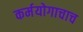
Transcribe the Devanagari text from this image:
कर्मयोगाचाच